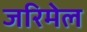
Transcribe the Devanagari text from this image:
जरिमेल